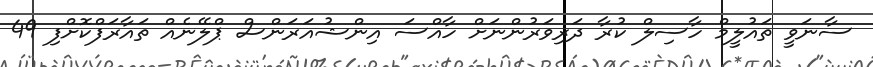
ސާނަވީ ތައުލީމް ހާސިލް ކުރާ ދަރިވަރުންނަށް ހާއްސަ އިންޝުއަރަންސް ޕްލޭނެއް ތައާރަފްކޮށްފި 49